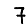
Digit: 7